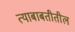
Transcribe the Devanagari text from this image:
त्याबाबतीतील